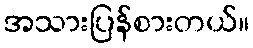
အသားပြန်စားတယ်။